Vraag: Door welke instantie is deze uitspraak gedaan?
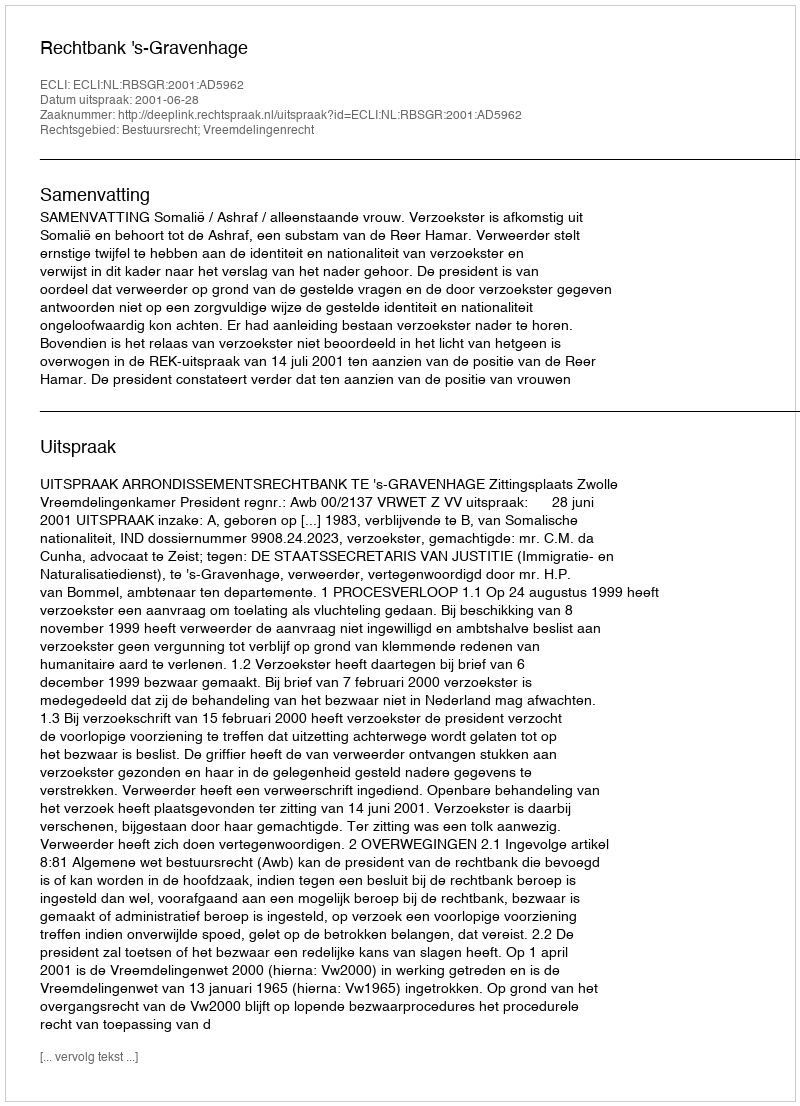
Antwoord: Rechtbank 's-Gravenhage